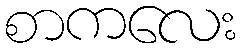
စာကလေး